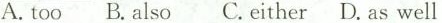
A.tooB. also C.either D. as well